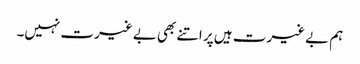
ہم بے غیرت ہیں پر اتنے بھی بے غیرت نہیں۔